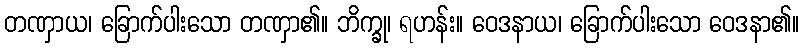
တဏှာယ၊ ခြောက်ပါးသော တဏှာ၏။ ဘိက္ခု၊ ရဟန်း။ ဝေဒနာယ၊ ခြောက်ပါးသော ဝေဒနာ၏။